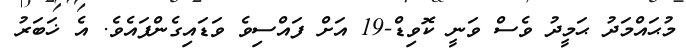
މުޙައްމަދު ޙަމީދު ވެސް ވަނީ ކޮވިޑް-19 އަށް ފައްސިވެ ވަޑައިގެންފައެވެ. އެ ޚަބަރު